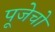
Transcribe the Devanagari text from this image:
पूजेचो